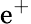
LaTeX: \mathrm{e}^{+}